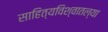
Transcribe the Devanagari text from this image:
साहित्यविश्वातल्या